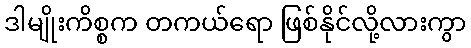
ဒါမျိုးကိစ္စက တကယ်ရော ဖြစ်နိုင်လို့လားကွာ